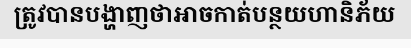
ត្រូវបានបង្ហាញថាអាចកាត់បន្ថយហានិភ័យ